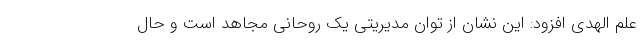
علم الهدی افزود: این نشان از توان مدیریتی یک روحانی مجاهد است و حال